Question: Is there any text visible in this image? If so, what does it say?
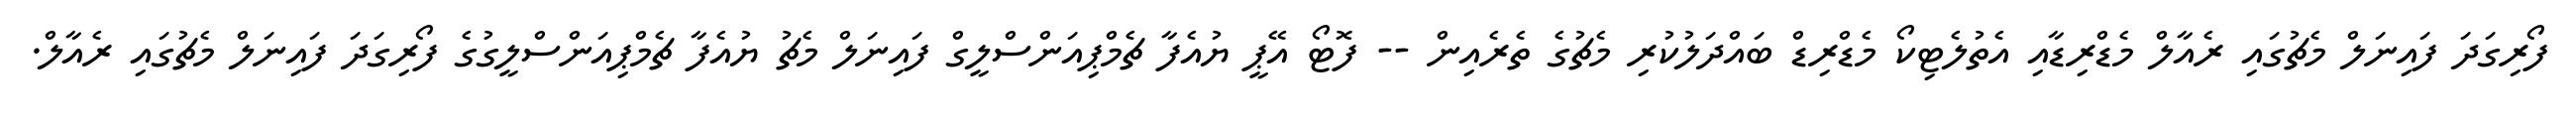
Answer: ފޯރިގަދަ ފައިނަލް މެޗުގައި ރެއާލް މެޑްރިޑާއި އެތުލެޓިކޯ މެޑްރިޑް ބައްދަލުކުރި މެޗުގެ ތެރެއިން -- ފޮޓޯ އޭޕީ ޔުއެފާ ޗެމްޕިއަންސްލީގް ފައިނަލް މެޗު ޔުއެފާ ޗެމްޕިއަންސްލީގުގެ ފޯރިގަދަ ފައިނަލް މެޗުގައި ރެއާލް.